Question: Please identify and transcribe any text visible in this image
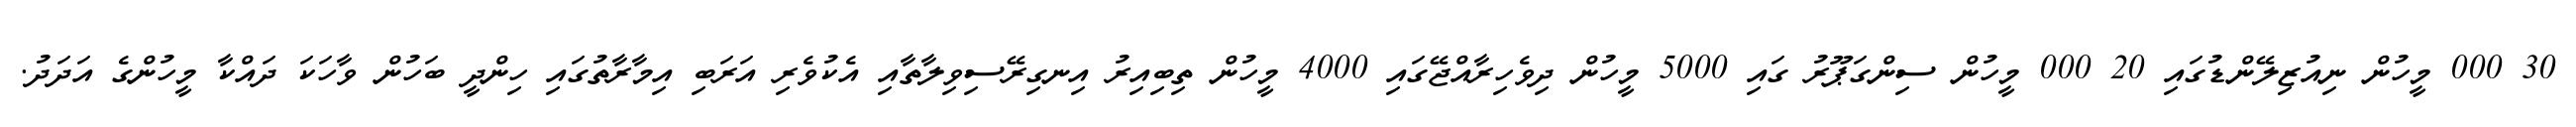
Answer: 30 000 މީހުން ނިއުޒިލޭންޑުގައި 20 000 މީހުން ސިންގަޕޫރު ގައި 5000 މީހުން ދިވެހިރާއްޖޭގައި 4000 މީހުން ތިބިއިރު އިނގިރޭސިވިލާތާއި އެކުވެރި އަރަބި އިމާރާތުގައި ހިންދީ ބަހުން ވާހަކަ ދައްކާ މީހުންގެ އަދަދު.